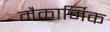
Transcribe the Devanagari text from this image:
मैकार्मिक